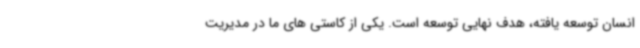
انسان توسعه یافته، هدف نهایی توسعه است. یکی از کاستی ‌های ما در مدیریت